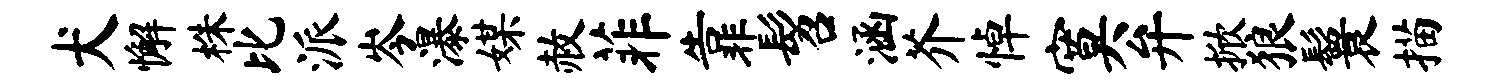
犬懈株比派岑瀑媒赦菲靠髫涵芥悼寞弁掀狼鬟描